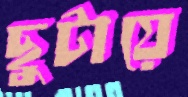
ছুটায়ে